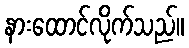
နားထောင်လိုက်သည်။